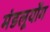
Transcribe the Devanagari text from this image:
मंडलूयोंग